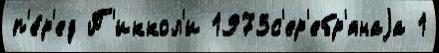
п'е́р'ед П'иккол'и 1973с'ер'ебр'янаjа 1